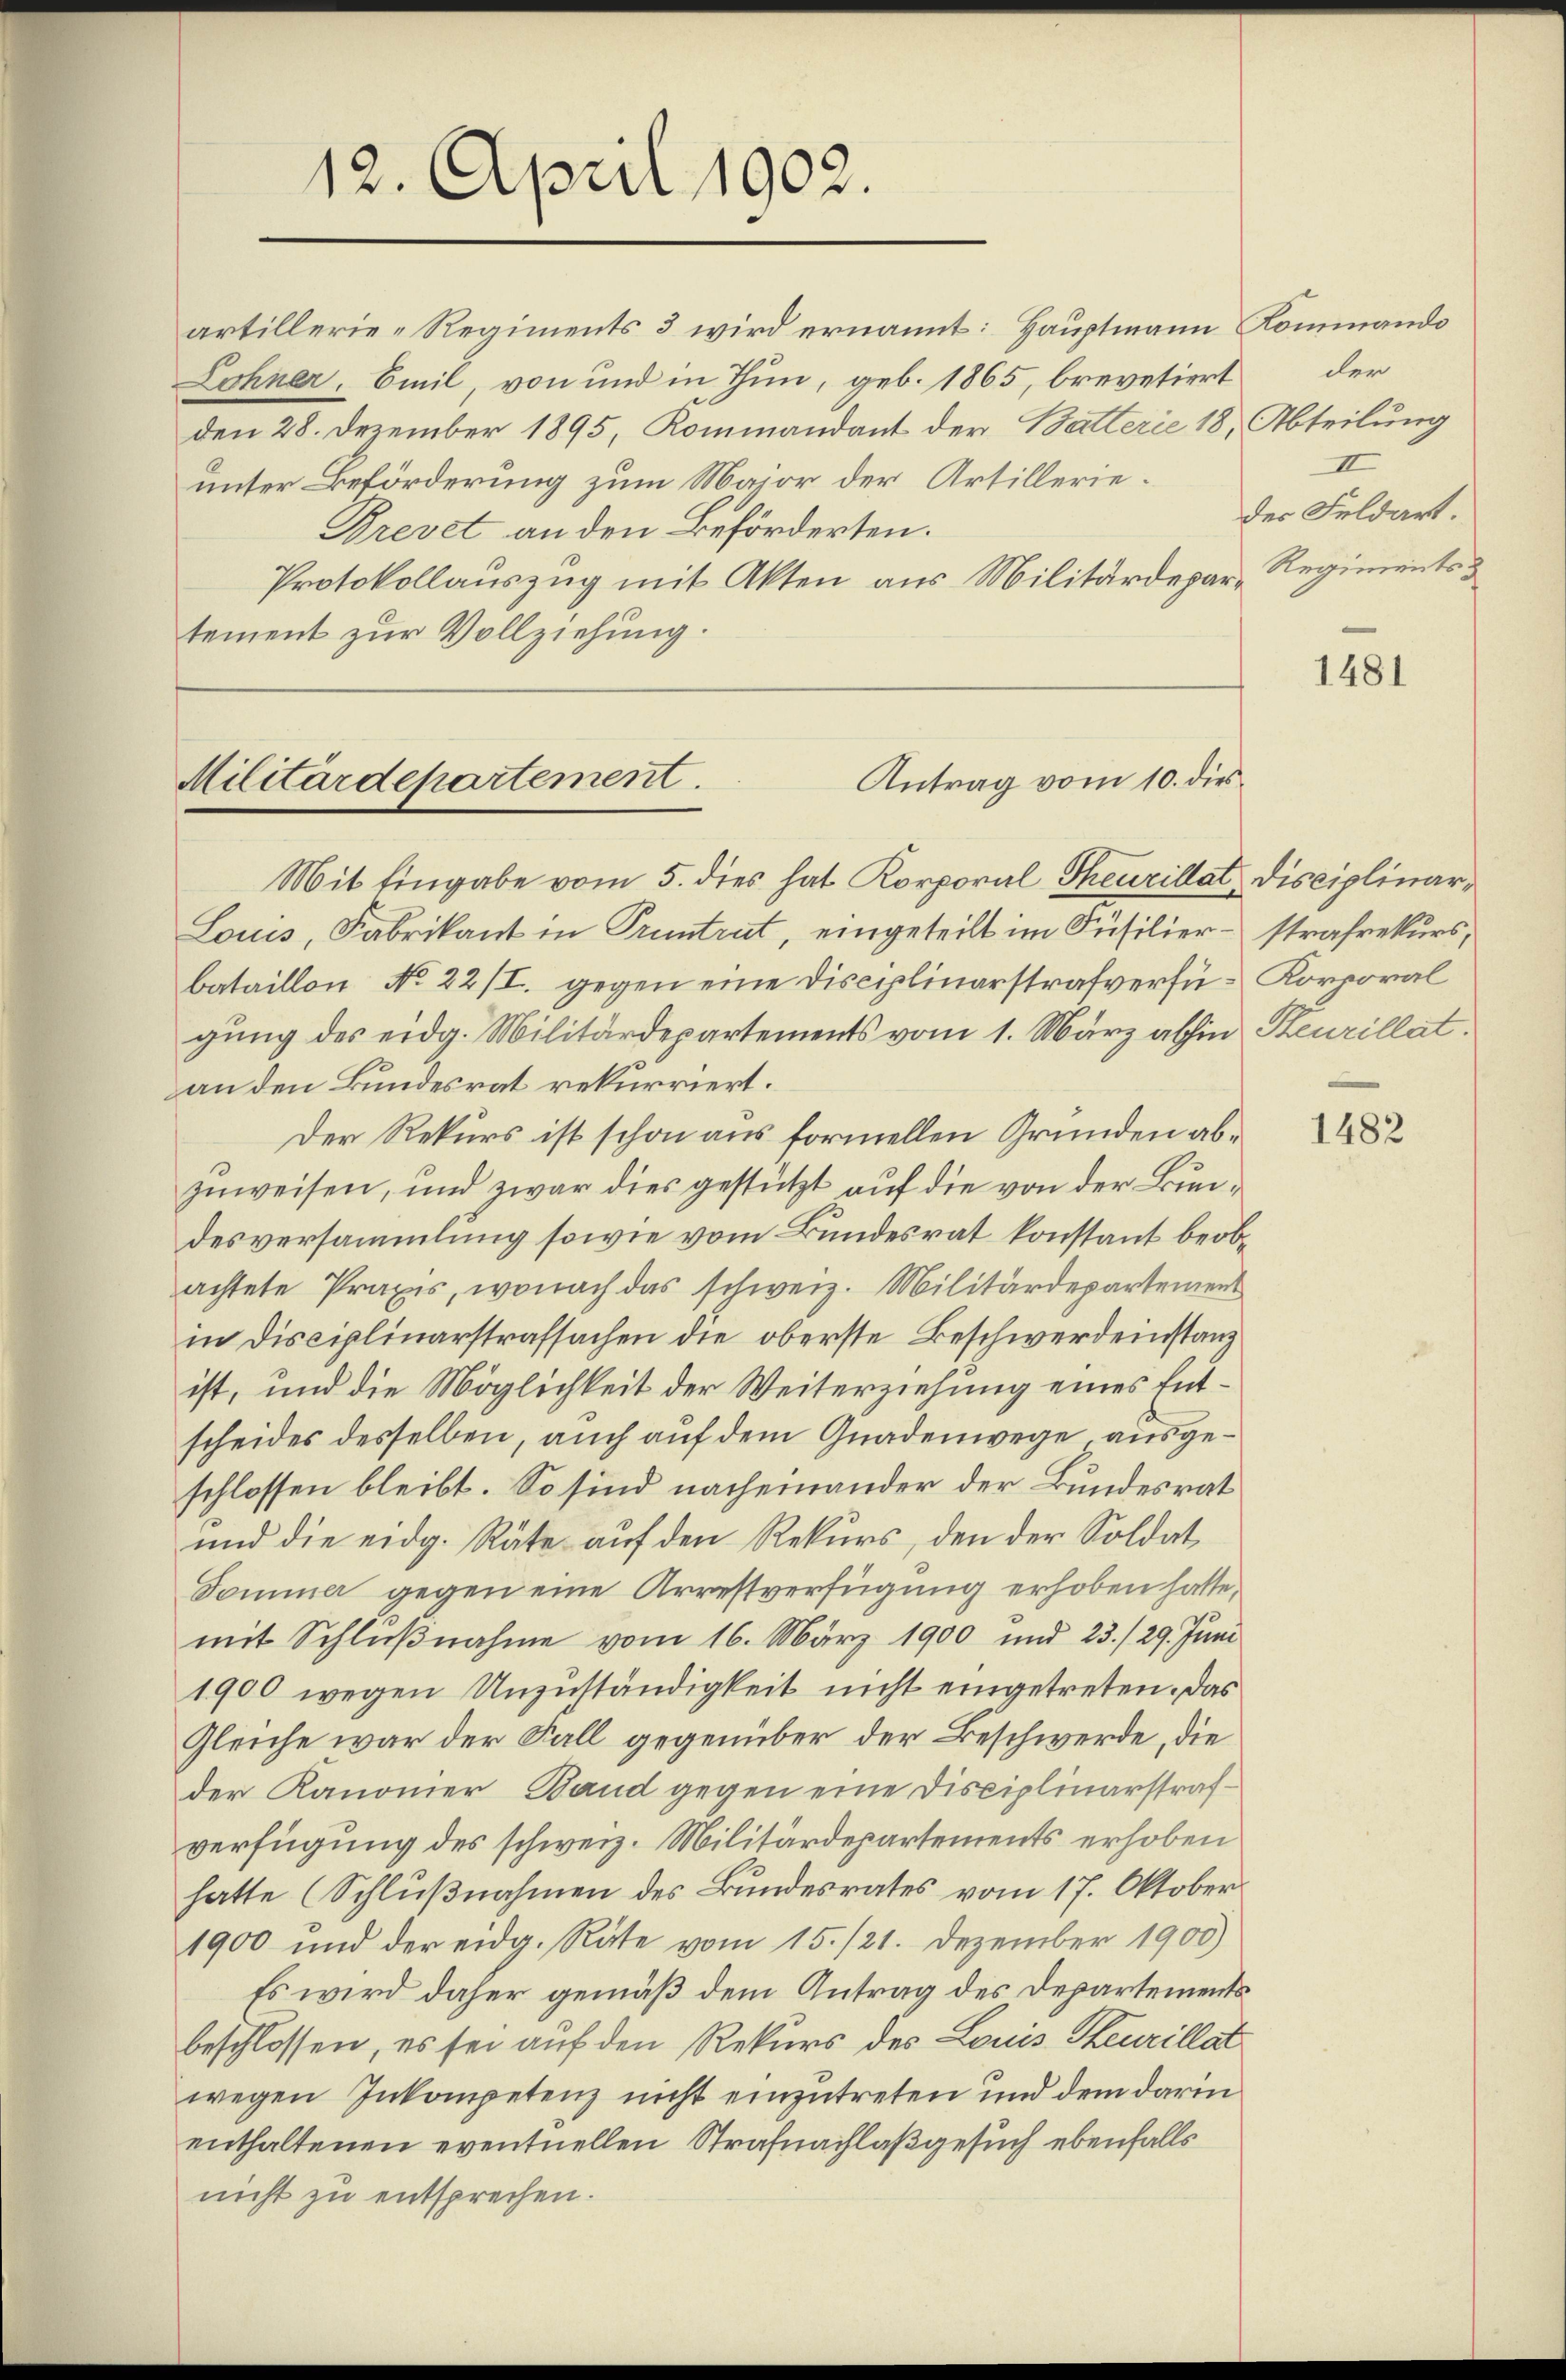
12. April 1902.

artillerie-Regiments 3 wird ernannt: Hauptmann Kommando
Lohner, Emil, von und in Thun, geb. 1865, brevetiert
den 28. Dezember 1895, Kommandant der Batterie 18, Abteilung
unter Beförderung zum Major der Artillerie¬
Brevet an den Beförderten.
Protokollauszug mit Akten aus Militärdepartement zur Vollziehung.

Antrag vom 10. dies
Militärdepartement.

Mit Eingabe vom 5. dies hat Korporal Theurillat Disciplinar¬
Louis, Fabrikant in Pruntrut, eingeteilt im Füsilierbataillon No 22/I. gegen eine Disciplinarstrafverfü- Korporal
gung des eidg. Militärdepartements vom 1. März abhin Reurillat
an den Bundesrat rekurriert.
Der Rekurs ist schon aus formellen Gründen abzuweisen, und zwar dies gestützt auf die von der Bundesversammlung sowie vom Bundesrat konstant beobachtete Praxis, wonach das schweiz. Militärdepartement
in Disciplinarstrafsachen die oberste Beschwerdeinstanz
ist, und die Möglichkeit der Weiterziehung eines Entscheides desselben, auch auf dem Gnadenwege ausgeschlossen bleibt. So sind nacheinander der Bundesrat
und die eidg. Räte auf den Rekurs, den der Soldat
Dommer gegen eine Arrestverfügung erhoben hatte,
mit Schlußnahme vom 16. März 1900 und 23./29. Juni
1900 wegen Unzuständigkeit nicht eingetreten. Das
Gleiche war der Fall gegenüber der Beschwerde, die
der Kanonier, Band gegen eine Disciplinarstrafverfügung des schweiz. Militärdepartements erhoben
hatte (Schlußnahmen des Bundesrates vom 17. Oktober¬
1900 und der eidg. Räte vom 15./21. Dezember 1900)
Es wird daher gemäß dem Antrag des Departements
beschlossen, es sei auf den Rekurs des Louis Steurillat
wegen Inkompetenz nicht einzutreten und dem darin
enthaltenen eventuellen Strafnachlaß gesuch ebenfalls
nicht zu entsprechen.

der
II
des Feldart.
Regiments

1481

strafrekurs,

1482